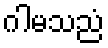
ဂါမသညံ